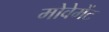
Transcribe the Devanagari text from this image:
मोवेमेंट